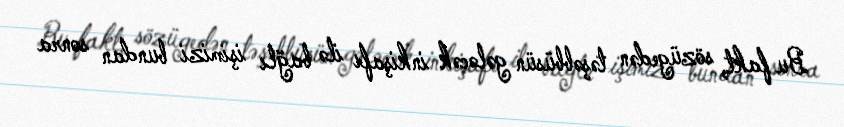
Bu fakt, sözügedən təşəbbüsün gələcək inkişafı ilə bağlı işimizi bundan sonra